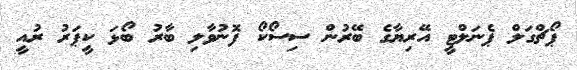
ޕޯޗްގަލް ޕެނަލްޓީ އޭރިޔާގެ ބޭރުން ސިސޯކޯ ފޮނުވާލި ބާރު ބޯޅަ ކީޕަރު ރުއީ